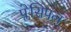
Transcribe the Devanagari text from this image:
प्लेसिपल